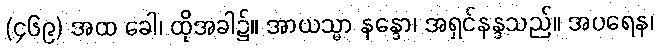
(၄၆၉) အထ ခေါ၊ ထိုအခါ၌။ အာယသ္မာ နန္ဒော၊ အရှင်နန္ဒသည်။ အပရေန၊